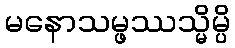
မနောသမ္ဖဿသ္မိမ္ပိ